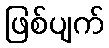
ဖြစ်ပျက်